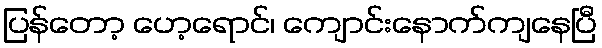
ပြန်တော့ ပော့ရောင်၊ ကျောင်းနောက်ကျနေပြီ